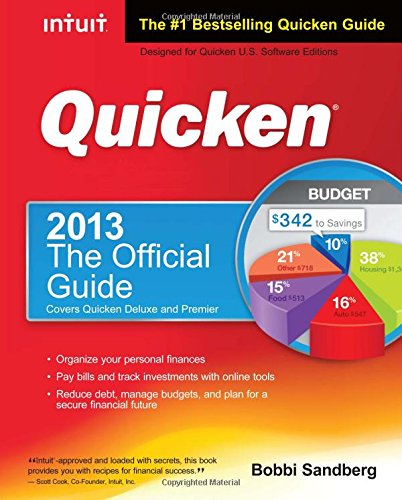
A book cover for Quicken 2013 The Official Guide (Quicken Press); Bobbi Sandberg; Computers & Technology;